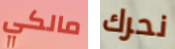
مالكي نحرك